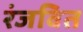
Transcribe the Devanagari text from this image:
रंजवित